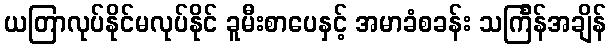
ယတြာလုပ်နိုင်မလုပ်နိုင် ခူမီးစာပေနှင့် အမာခံစခန်း သင်္ကြန်အချိန်